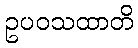
ဥပဝသထာတိ